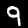
Label: 9